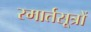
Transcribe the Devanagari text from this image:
स्मार्तसूत्रों